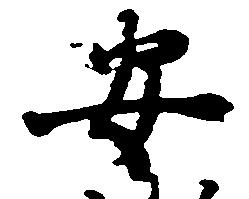
安